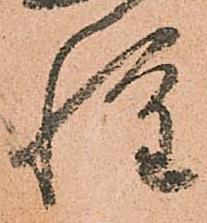
惶